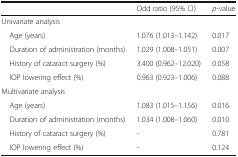
<table><thead><tr><td>[EMPTY_CELL]</td><td><b>Odd ratio (95% CI)</b></td><td><b><i>p</i>-value</b></td></tr></thead><tbody><tr><td colspan="3">Univariate analysis</td></tr><tr><td> Age (years)</td><td>1.076 (1.013–1.142)</td><td>0.017</td></tr><tr><td> Duration of administration (months)</td><td>1.029 (1.008–1.051)</td><td>0.007</td></tr><tr><td> History of cataract surgery (%)</td><td>3.400 (0.962–12.020)</td><td>0.058</td></tr><tr><td> IOP lowering effect (%)</td><td>0.963 (0.923–1.006)</td><td>0.088</td></tr><tr><td colspan="3">Multivariate analysis</td></tr><tr><td> Age (years)</td><td>1.083 (1.015–1.156)</td><td>0.016</td></tr><tr><td> Duration of administration (months)</td><td>1.034 (1.008–1.060)</td><td>0.010</td></tr><tr><td> History of cataract surgery (%)</td><td>-</td><td>0.781</td></tr><tr><td> IOP lowering effect (%)</td><td>-</td><td>0.124</td></tr></tbody></table>